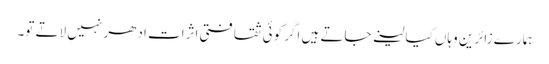
ہمارے زائرین وہاں کیا لینے جاتے ہیں اگر کوئی ثقافتی اثرات ادھر نہیں لاتے تو۔